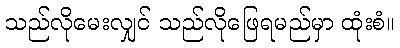
သည်လိုမေးလျှင် သည်လိုဖြေရမည်မှာ ထုံးစံ။